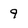
Character: 9